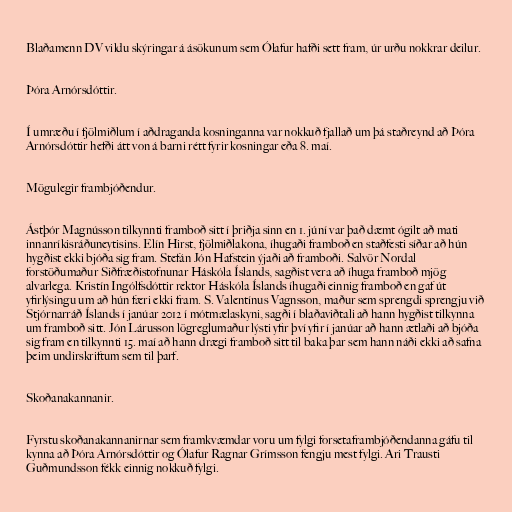
Blaðamenn DV vildu skýringar á ásökunum sem Ólafur hafði sett fram, úr urðu nokkrar deilur.

Þóra Arnórsdóttir.

Í umræðu í fjölmiðlum í aðdraganda kosninganna var nokkuð fjallað um þá staðreynd að Þóra
Arnórsdóttir hefði átt von á barni rétt fyrir kosningar eða 8. maí.

Mögulegir frambjóðendur.

Ástþór Magnússon tilkynnti framboð sitt í þriðja sinn en 1. júní var það dæmt ógilt að mati
innanríkisráðuneytisins. Elín Hirst, fjölmiðlakona, íhugaði framboð en staðfesti síðar að hún
hygðist ekki bjóða sig fram. Stefán Jón Hafstein ýjaði að framboði. Salvör Nordal
forstöðumaður Siðfræðistofnunar Háskóla Íslands, sagðist vera að íhuga framboð mjög
alvarlega. Kristín Ingólfsdóttir rektor Háskóla Íslands íhugaði einnig framboð en gaf út
yfirlýsingu um að hún færi ekki fram. S. Valentínus Vagnsson, maður sem sprengdi sprengju við
Stjórnarráð Íslands í janúar 2012 í mótmælaskyni, sagði í blaðaviðtali að hann hygðist tilkynna
um framboð sitt. Jón Lárusson lögreglumaður lýsti yfir því yfir í janúar að hann ætlaði að bjóða
sig fram en tilkynnti 15. maí að hann drægi framboð sitt til baka þar sem hann náði ekki að safna
þeim undirskriftum sem til þarf.

Skoðanakannanir.

Fyrstu skoðanakannanirnar sem framkvæmdar voru um fylgi forsetaframbjóðendanna gáfu til
kynna að Þóra Arnórsdóttir og Ólafur Ragnar Grímsson fengju mest fylgi. Ari Trausti
Guðmundsson fékk einnig nokkuð fylgi.